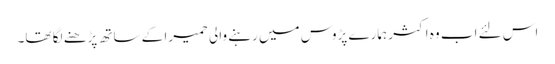
اس لئے اب وہ اکثر ہمارے پڑوس میں رہنے والی حمیرا کے ساتھ پڑھنے لگا تھا۔